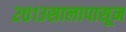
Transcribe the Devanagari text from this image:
२०१३सालापासून